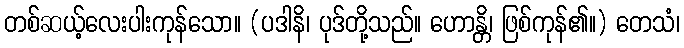
တစ်ဆယ့်လေးပါးကုန်သော။ (ပဒါနိ၊ ပုဒ်တို့သည်။ ဟောန္တိ၊ ဖြစ်ကုန်၏။) တေသံ၊